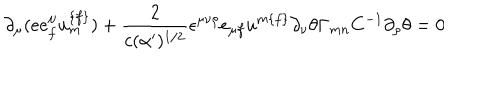
\partial _ { \mu } ( e e _ { { f } } ^ { \mu } u _ { { m } } ^ { { \{ f \} } } ) + { \frac { 2 } { c ( \alpha ^ { \prime } ) ^ { { 1 / 2 } } } } \epsilon ^ { \mu \nu \rho } e _ { \mu { f } } u ^ { { m \{ f \} } } \partial _ { \nu } \theta \Gamma _ { { m n } } C ^ { - { 1 } } \partial _ { \rho } \theta = 0